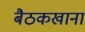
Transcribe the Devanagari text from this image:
बैठकखाना